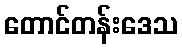
တောင်တန်းဒေသ